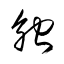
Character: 触